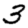
Digit: 3